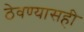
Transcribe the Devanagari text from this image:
ठेवण्यासही